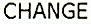
CHANGE